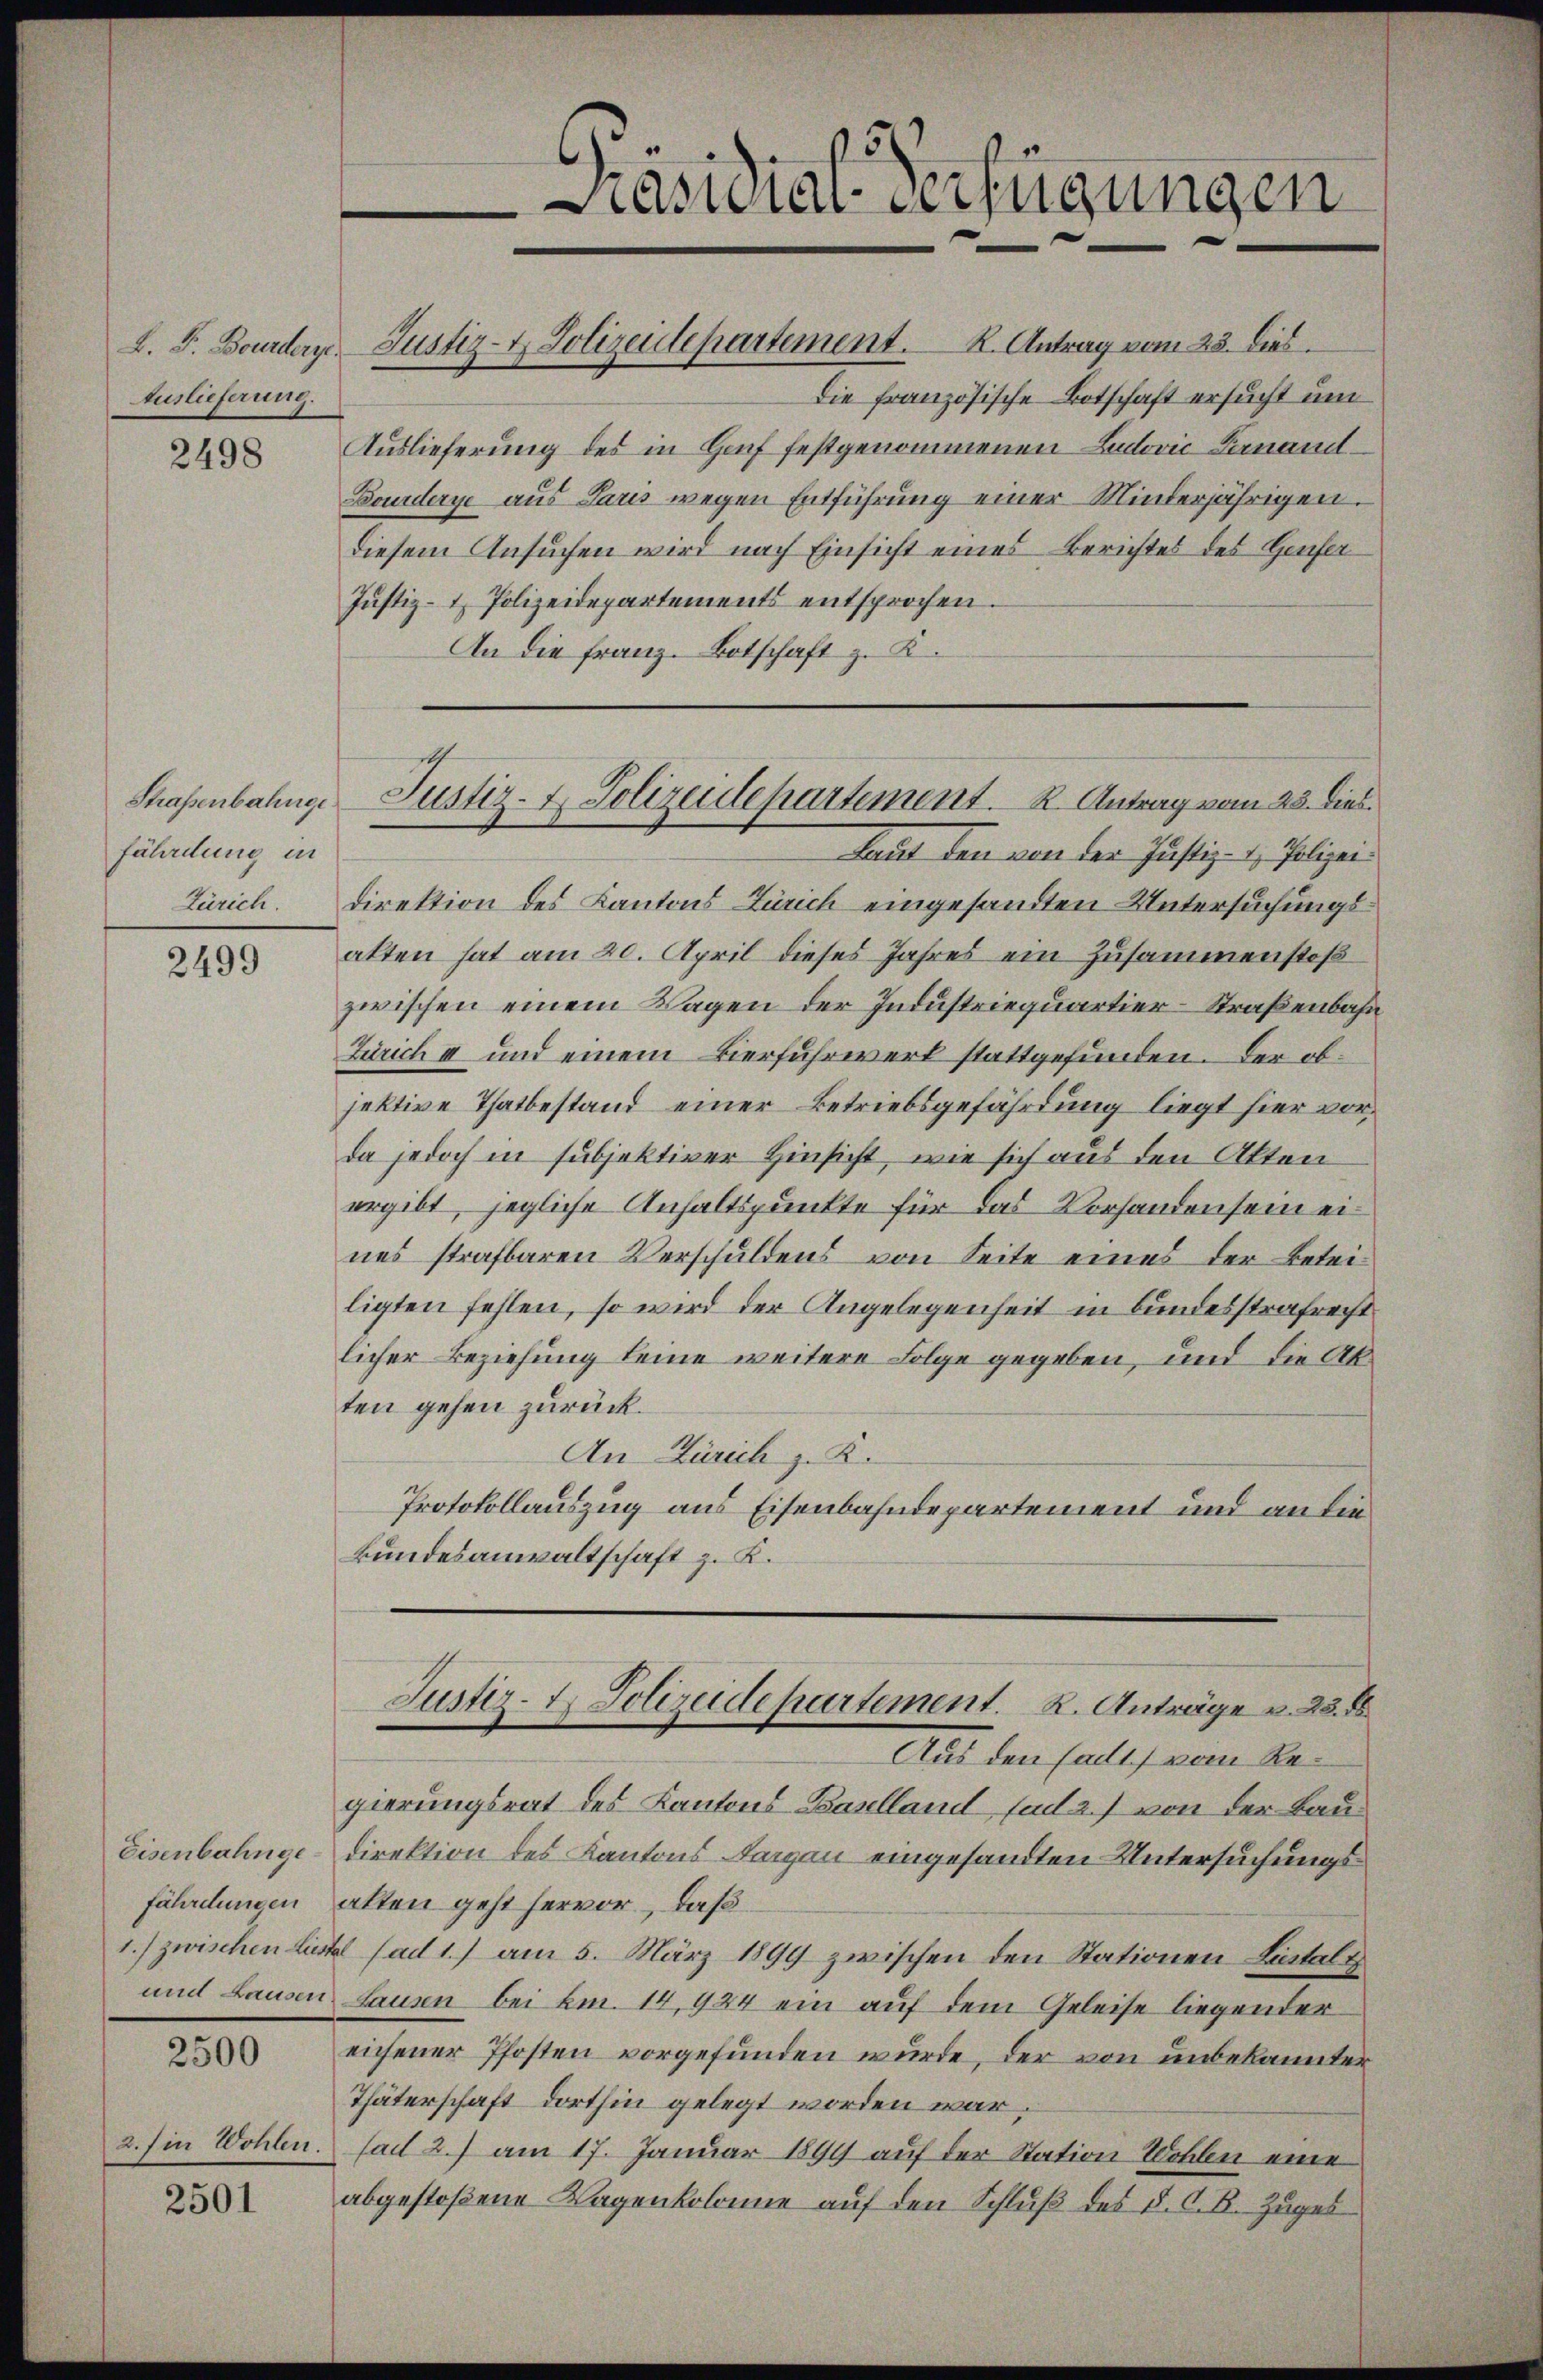
Auslieferung.

2498

Straßenbahnge
fährdung in

2499

2500

2. in Wohlen.

2501

Die französische Botschaft ersucht um
Auslieferung des in Genf festgenommenen Ludović Finand¬
Bourderye aus Paris wegen Entführung einer Minderjährigen.
diesem Ansuchen wird nach Einsicht eines Berichtes des Genfer
Justiz- & Polizeidepartements entsprochen.
An die Franz. Botschaft z. K.

5.
asmaterfügungen

L. F. Bourdern Justiz- & Polizeidepartement. K. Antrag vom 23. Dieb.

Laut den von der Justiz- & Polizei¬
Zürich. Direktion des Kantons Zürich eingesandten Untersuchungsakten hat am 20. April dieses Jahres ein Zusammenstoß
zwischen einem Wagen der Industriequartier-Straßenbahn
Zürich II und einem Vierfuhrwerk stattgefunden. Der objektive Thatbestand einer Betriebsgefährdung liegt hier vorda jedoch in subjektiver Hinsicht, wie sich aus den Akten
ergibt, jegliche Anhaltspunkte für das Vorhanden sein eines strafbaren Verschuldens von Seite eines der Beteiligten fehlen, so wird der Angelegenheit in Bundesstrafrecht
licher Beziehung keine weitere Folge gegeben, und die Akten gehen zurück.
An Zürich z. K.
Protokollauszug aus Eisenbahndepartement und an die
Bundesanwaltschaft z. K.
Justiz- & Polizeidepartement. R. Anträge v. 23. 86
Aus den Sadt) vom Regierungsrat des Kantons Baulland sud 2) von der Bau¬
Eisenbahnge-Direktion des Kantons Aargau eingesandten Untersuchungsfährdungen alten geht hervor, daß
1.) zwischen Lustel (ad 1.) am 5. März 1899 zwischen den Stationen Lintalt
und Lausen Hausen bei km. 14,924 ein auf dem Geleise liegender
eichener Pfosten vorgefunden wurde, der von unbekannter
Thäterschaft dorthin gelegt worden war.
(ad 2.) am 17. Januar 1899 auf der Station Wohlen eine
abgestoßene Wagenkolonie auf den Schluß des §. A. B. Zuges

Justiz- & Polizeidepartement. K. Antrag vom 23. Dies